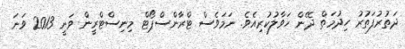
ދަތުރުފަތުރު ހިދުމަތް ދޭން ހަވާލުކުރިއެވެ. ނަމަވެސް ޓްރާންސްޕޯޓް މިނިސްޓްރީން ވަނީ 2013 ވަނަ